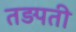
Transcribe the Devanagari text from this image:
तड़पती